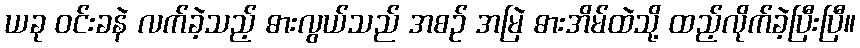
ယခု ဝင်းခနဲ လက်ခဲ့သည့် ဓားလွယ်သည် အစဉ် အမြဲ ဓားအိမ်ထဲသို့ ထည့်လိုက်ခဲ့ပြီးပြီ။